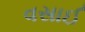
વસાઈ